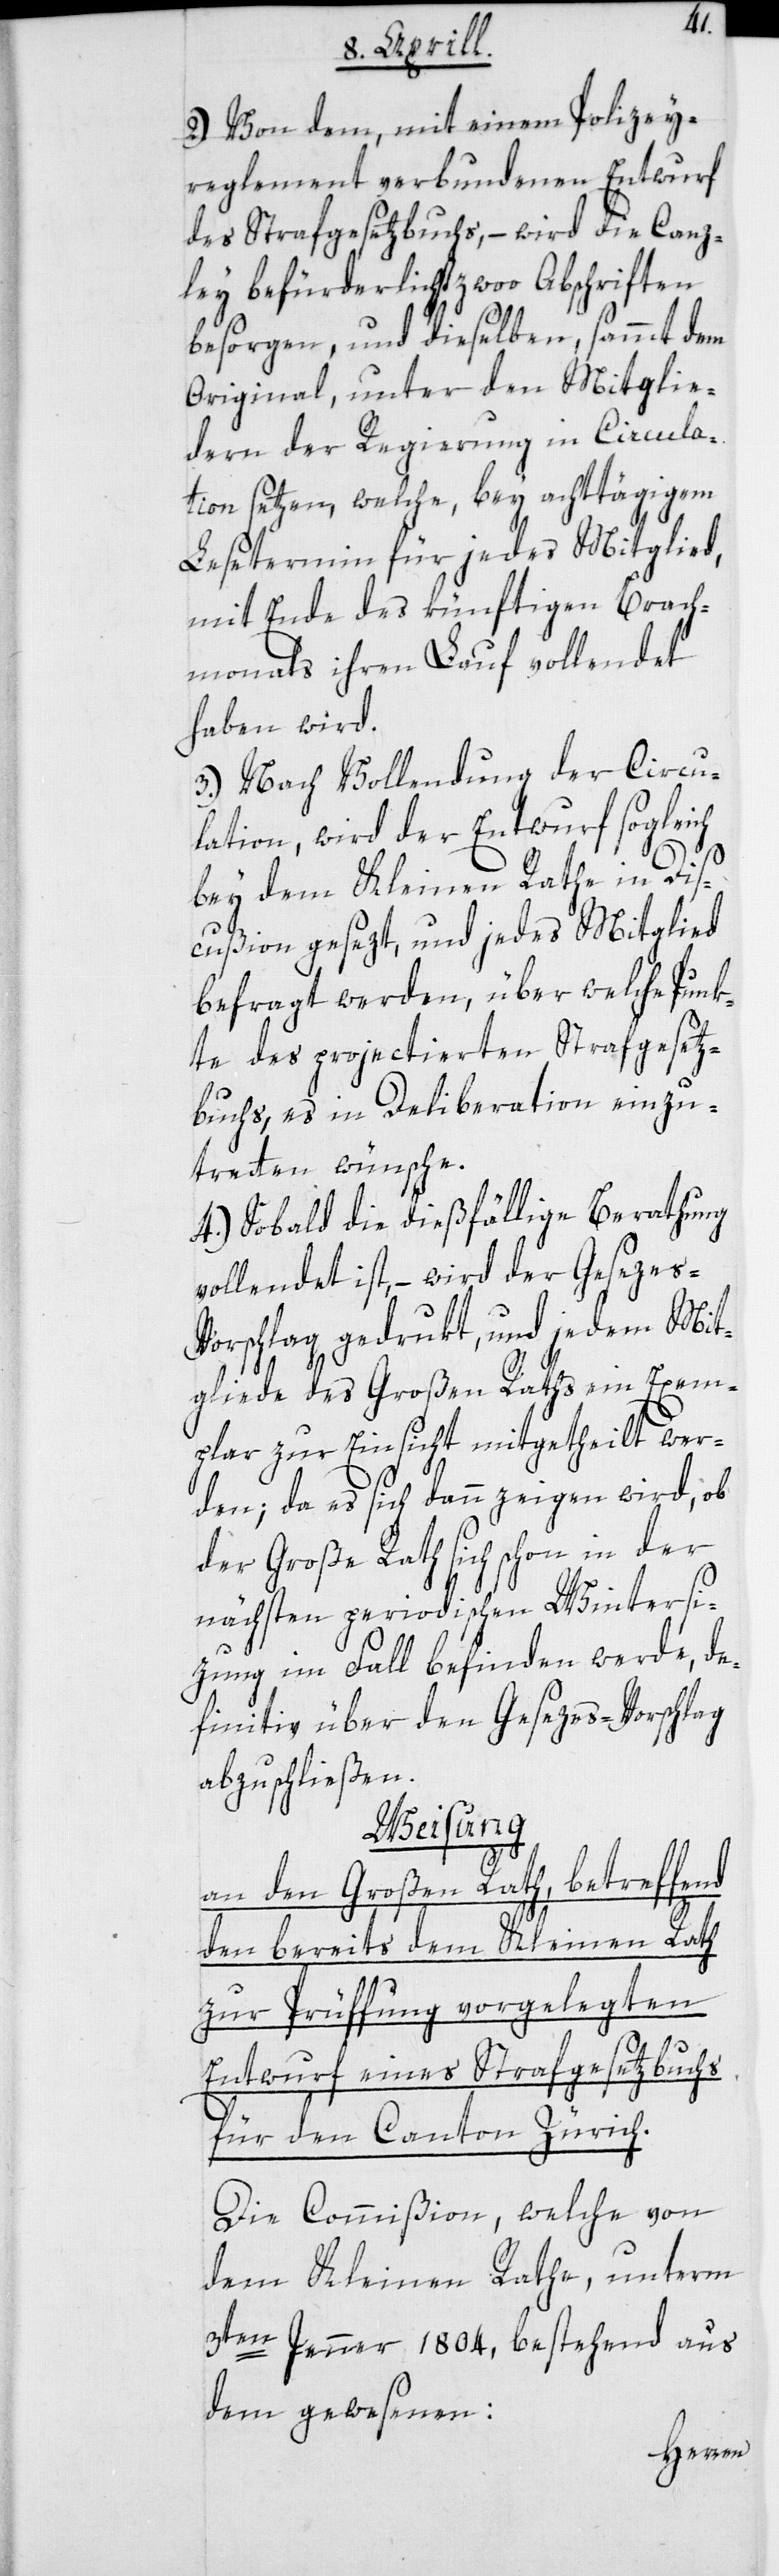
2.) Von dem, mit einem Polizey¬
reglement verbundenen Entwurf
des Strafgesetzbuchs, – wird die Canz¬
ley befürderlichst zwoo Abschriften
besorgen, und dieselben, sammt dem
Original, unter den Mitglie¬
dern der Regierung in Circula¬
tion setzen, welche bey achttägigem
Lesetermin für jedes Mitglied,
mit Ende des künftigen Brach¬
monats ihren Lauf vollendet
haben wird.
3.) Nach Vollendung der Circu¬
lation, wird der Entwurf sogleich
bey dem Kleinen Rathe in Dis¬
cußion gesezt, und jedes Mitglied
befragt werden, über welche Punk¬
te des projectierten Strafgesetz¬
buchs, es in Deliberation einzu¬
treten wünsche.
4. Sobald die dießfällige Berathung
vollendet ist, – wird der Gesezes-V¬
orschlag gedrukt, und jedem Mit¬
gliede des Großen Raths ein Exem¬
plar zur Einsicht mitgetheilt wer¬
den; da es sich dann zeigen wird, ob
der Große Rath sich schon in der
nächsten periodischen Wintersi¬
zung im Fall befinden werde, de¬
finitiv über den Gesezes-Vorschlag
abzuschließen.
Weisung
an den Großen Rath, betreffend
den bereits dem Kleinen Rath
zur Prüffung vorgelegten
Entwurf eines Strafgesetzbuchs
für den Canton Zürich.
Die Commißion, welche von
dem Kleinen Rathe, unterm
3ten Jenner 1804, bestehend aus
dem gewesenen: